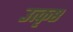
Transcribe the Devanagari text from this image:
उत्‍कृष्ठ